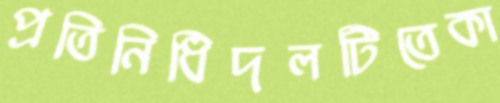
প্রতিনিধিদলটিতেকা